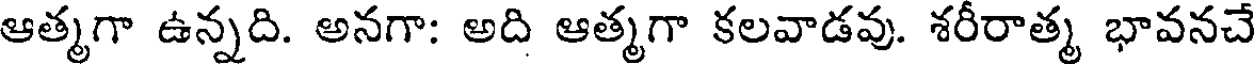
ఆత్మగా ఉన్నది. అనగా: అది ఆత్మగా కలవాడవు. శరీరాత్మ భావనచే